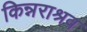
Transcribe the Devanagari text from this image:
किन्नराश्रव